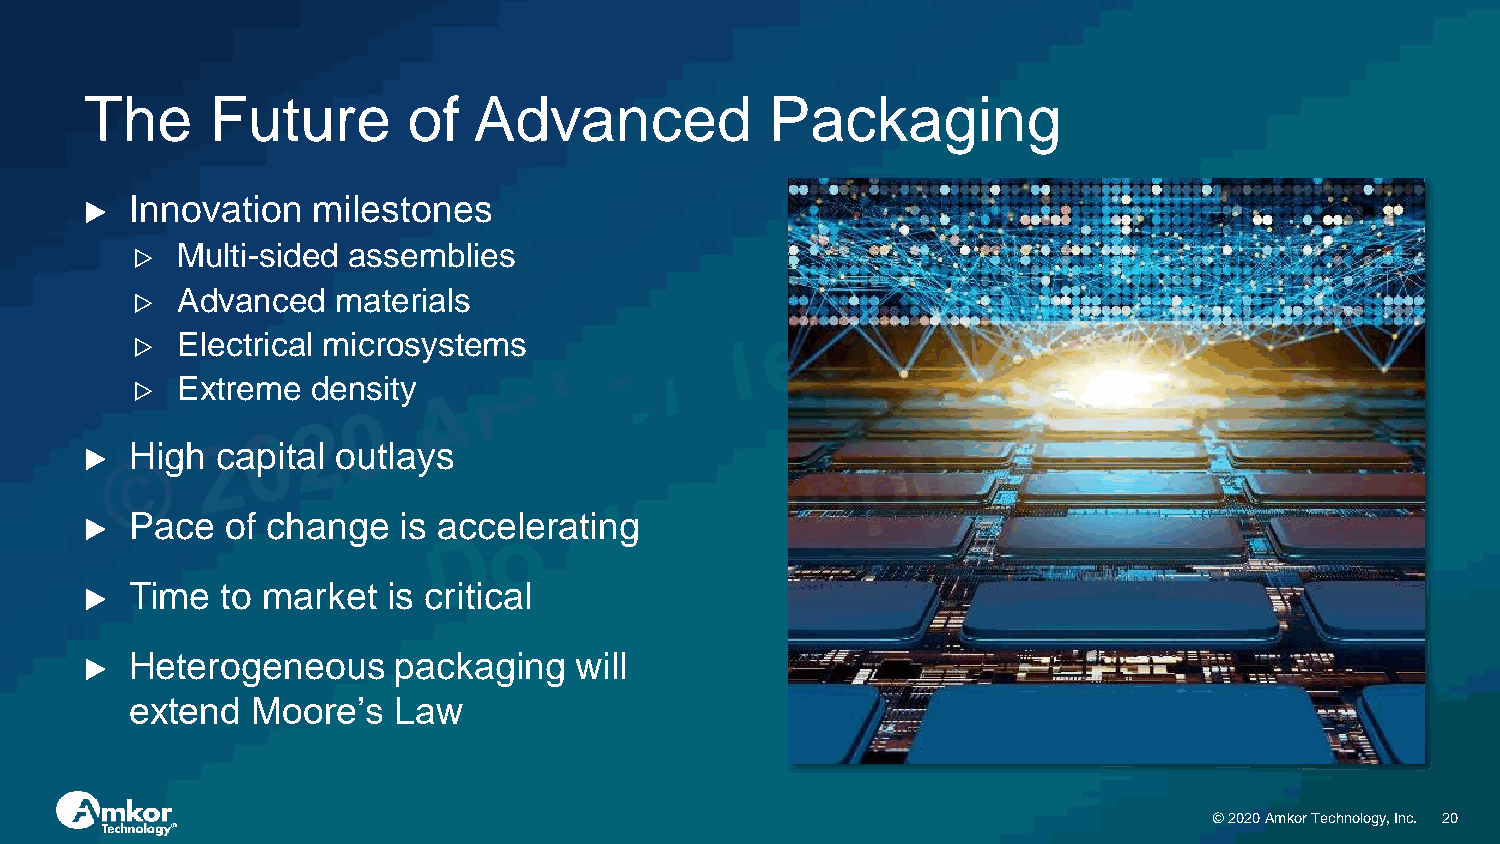
The     Future       of  Advanced            Packaging
 Innovation  milestones
 ▶
 Multi-sided assemblies
 ▷
 Advanced  materials
 ▷
 Electrical microsystems
 ▷
 Extreme  density
 ▷
 High capital outlays
 ▶
 Pace  of change  is accelerating
 ▶
 Time  to market  is critical
 ▶
 Heterogeneous    packaging   will
 ▶
 extend  Moore’s  Law
 © 2020 Amkor Technology, Inc. 20